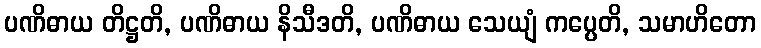
ပဏိဓာယ တိဋ္ဌတိ, ပဏိဓာယ နိသီဒတိ, ပဏိဓာယ သေယျံ ကပ္ပေတိ, သမာဟိတော